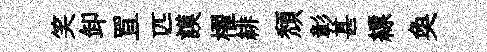
笑卸罝匹謨櫂緋頽彰甚縹奐